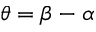
\theta = \beta - \alpha